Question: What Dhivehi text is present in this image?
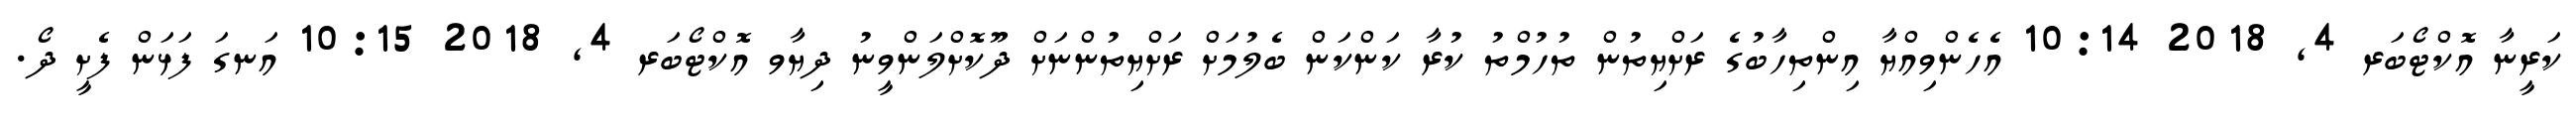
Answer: ކަރީނާ އޮކްޓޯބަރ 4, 2018 10:14 އެހެންވިއްޔާ އިންތިހާބުގެ ރަށްޔިތުން ތުހުމްތު ކުރާ ކަންކަން ބެލުމަށް ރަށްޔިތުންނަށް ދޫކޮށްލަންވީނު ދިޔާވ އޮކްޓޯބަރ 4, 2018 10:15 އަނގަ ފަޅަން ފެށީ ދޯ.